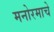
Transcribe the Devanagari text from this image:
मनोरमाचे